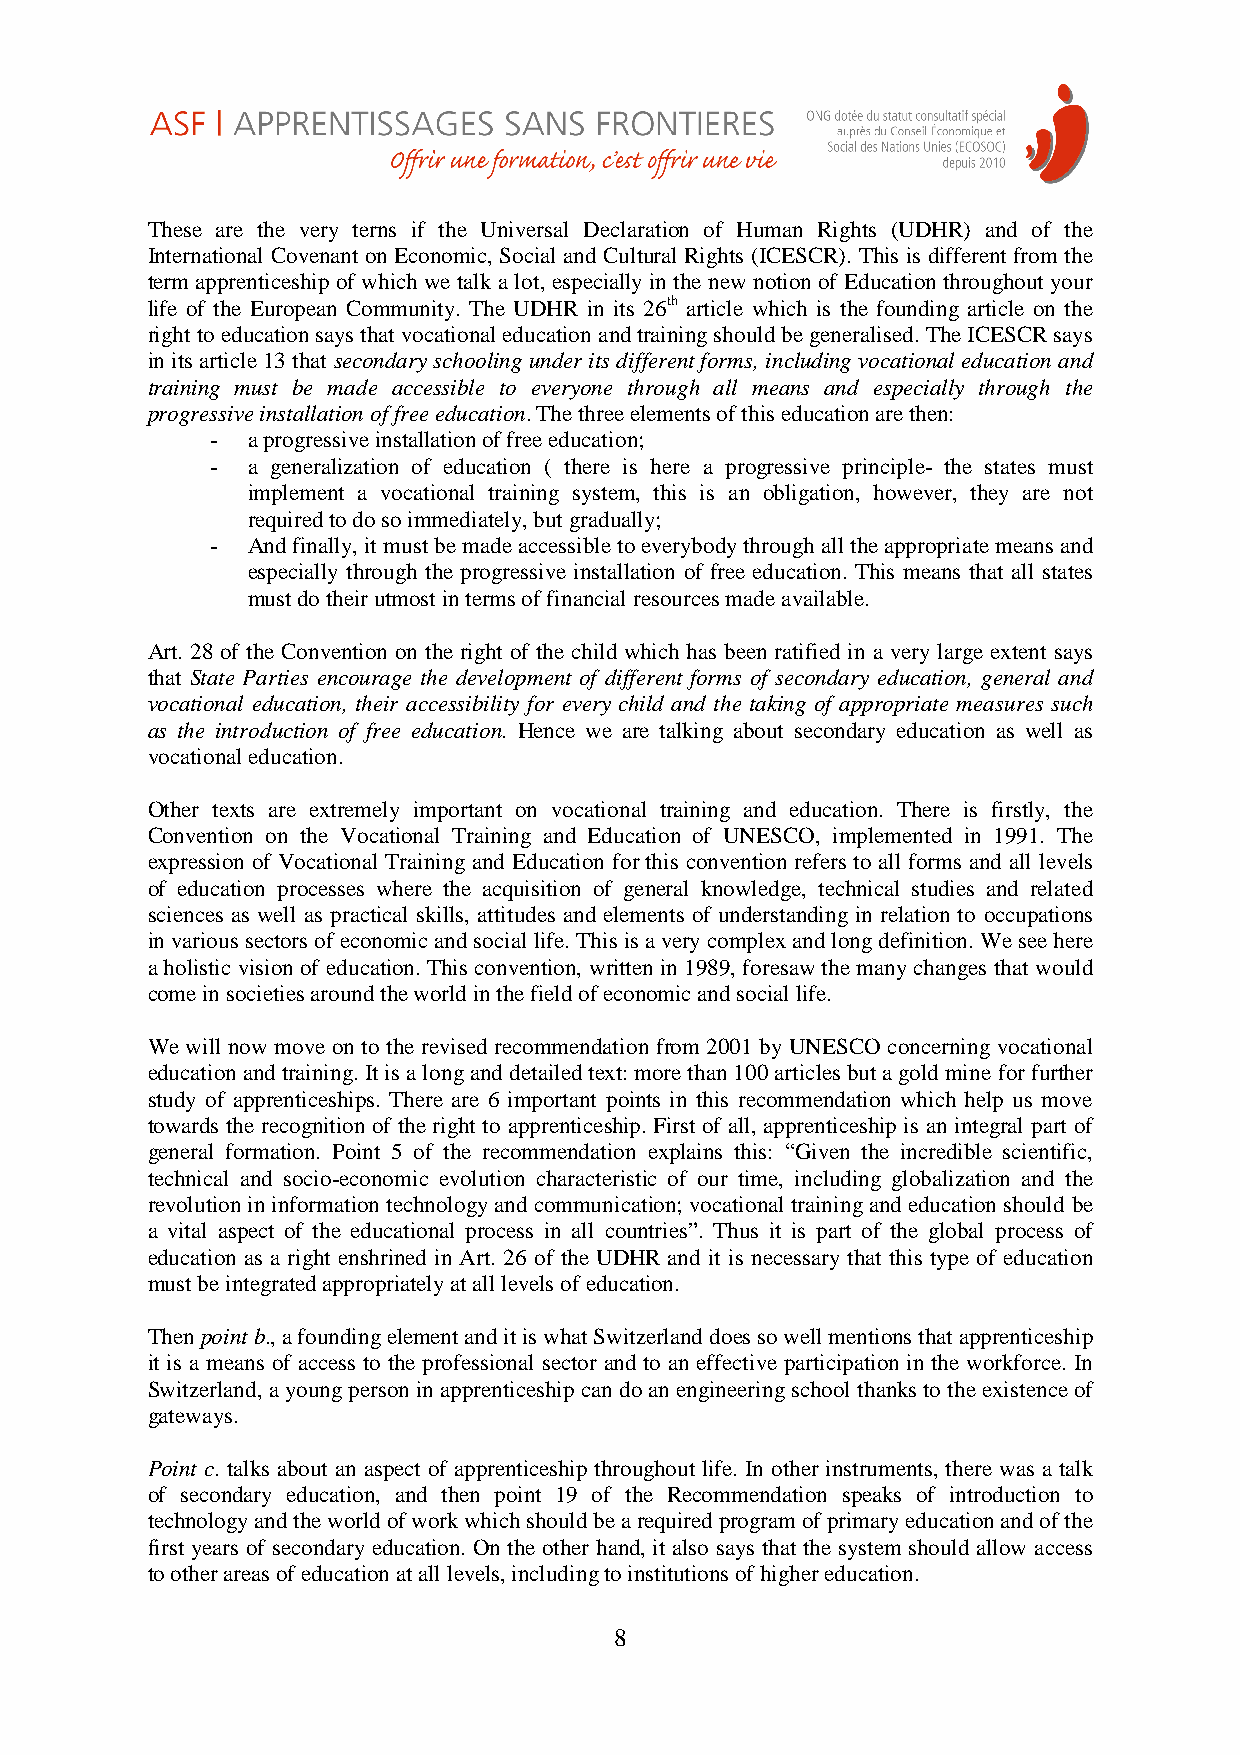
These are the very terns if the Universal Declaration of Human Rights (UDHR) and of the
 International Covenant on Economic, Social and Cultural Rights (ICESCR). This is different from the
 term apprenticeship of which we talk a lot, especially in the new notion of Education throughout your
 life of the European Community. The UDHR in its 26th article which is the founding article on the
 right to education says that vocational education and training should be generalised. The ICESCR says
 in its article 13 that secondary schooling under its different forms, including vocational education and
 training must be made accessible to everyone through all means and especially through the
 progressive installation of free education. The three elements of this education are then:
 - a progressive installation of free education;
 - a generalization of education ( there is here a progressive principle- the states must
 implement a vocational training system, this is an obligation, however, they are not
 required to do so immediately, but gradually;
 - And finally, it must be made accessible to everybody through all the appropriate means and
 especially through the progressive installation of free education. This means that all states
 must do their utmost in terms of financial resources made available.
 Art. 28 of the Convention on the right of the child which has been ratified in a very large extent says
 that State Parties encourage the development of different forms of secondary education, general and
 vocational education, their accessibility for every child and the taking of appropriate measures such
 as the introduction of free education. Hence we are talking about secondary education as well as
 vocational education.
 Other texts are extremely important on vocational training and education. There is firstly, the
 Convention on the Vocational Training and Education of UNESCO, implemented in 1991. The
 expression of Vocational Training and Education for this convention refers to all forms and all levels
 of education processes where the acquisition of general knowledge, technical studies and related
 sciences as well as practical skills, attitudes and elements of understanding in relation to occupations
 in various sectors of economic and social life. This is a very complex and long definition. We see here
 a holistic vision of education. This convention, written in 1989, foresaw the many changes that would
 come in societies around the world in the field of economic and social life.
 We will now move on to the revised recommendation from 2001 by UNESCO concerning vocational
 education and training. It is a long and detailed text: more than 100 articles but a gold mine for further
 study of apprenticeships. There are 6 important points in this recommendation which help us move
 towards the recognition of the right to apprenticeship. First of all, apprenticeship is an integral part of
 general formation. Point 5 of the recommendation explains this: “Given the incredible scientific,
 technical and socio-economic evolution characteristic of our time, including globalization and the
 revolution in information technology and communication; vocational training and education should be
 a vital aspect of the educational process in all countries”. Thus it is part of the global process of
 education as a right enshrined in Art. 26 of the UDHR and it is necessary that this type of education
 must be integrated appropriately at all levels of education.
 Then point b., a founding element and it is what Switzerland does so well mentions that apprenticeship
 it is a means of access to the professional sector and to an effective participation in the workforce. In
 Switzerland, a young person in apprenticeship can do an engineering school thanks to the existence of
 gateways.
 Point c. talks about an aspect of apprenticeship throughout life. In other instruments, there was a talk
 of secondary education, and then point 19 of the Recommendation speaks of introduction to
 technology and the world of work which should be a required program of primary education and of the
 first years of secondary education. On the other hand, it also says that the system should allow access
 to other areas of education at all levels, including to institutions of higher education.
 8